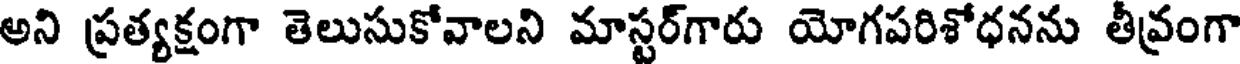
అని ప్రత్యక్షంగా తెలుసుకోవాలని మాస్టర్గారు యోగపరిశోధనను తీవ్రంగా